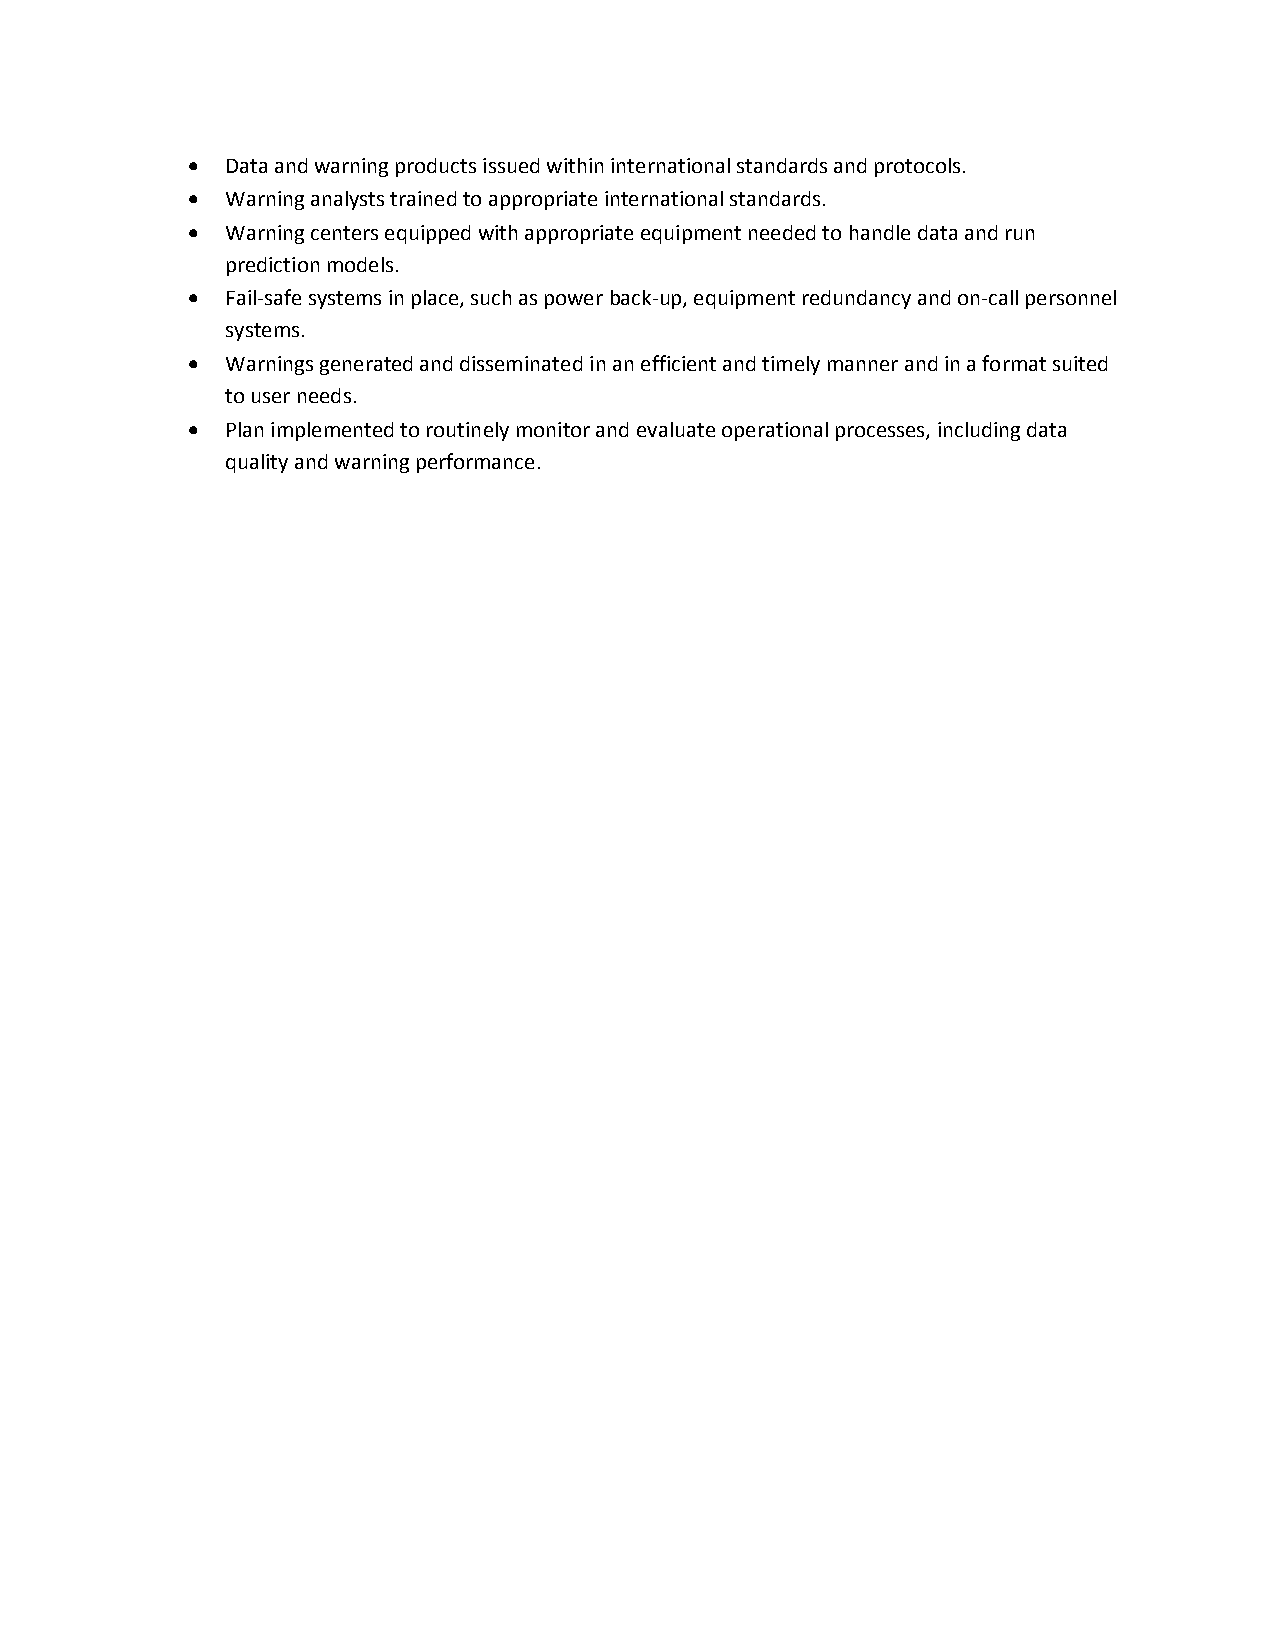
  Data and warning products issued within international standards and protocols.
   Warning analysts trained to appropriate international standards.
   Warning centers equipped with appropriate equipment needed to handle data and run
 prediction models.
   Fail-safe systems in place, such as power back-up, equipment redundancy and on-call personnel
 systems.
   Warnings generated and disseminated in an efficient and timely manner and in a format suited
 to user needs.
   Plan implemented to routinely monitor and evaluate operational processes, including data
 quality and warning performance.